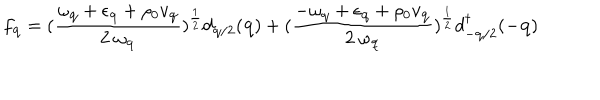
LaTeX: f _ { { \bf { q } } } = ( \frac { \omega _ { { \bf { q } } } + \epsilon _ { { \bf { q } } } + \rho _ { 0 } v _ { { \bf { q } } } } { 2 \mathrm { ~ } \omega _ { { \bf { q } } } } ) ^ { \frac { 1 } { 2 } } d _ { { \bf { q } } / 2 } ( { \bf { q } } ) + ( \frac { - \omega _ { { \bf { q } } } + \epsilon _ { { \bf { q } } } + \rho _ { 0 } v _ { { \bf { q } } } } { 2 \mathrm { ~ } \omega _ { { \bf { q } } } } ) ^ { \frac { 1 } { 2 } } d _ { - { \bf { q } } / 2 } ^ { \dagger } ( - { \bf { q } } )